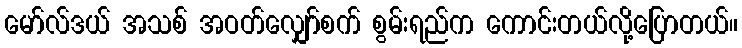
မော်လ်ဒယ် အသစ် အဝတ်လျှော်စက် စွမ်းရည်က ကောင်းတယ်လို့ပြောတယ်။